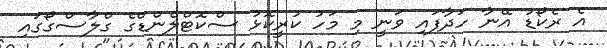
އެ ރެކޯޑު އޭނާ ހަދާފައި ވަނީ މި މަހު ކުރީކޮޅު ސްކޮޓްލެންޑްގެ ގްލާސްގޯގައި